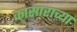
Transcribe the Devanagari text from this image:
कासाराच्या